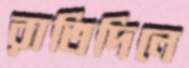
রাতিদিনে